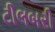
ટીલબરી